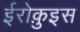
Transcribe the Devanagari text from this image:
ईरोक़ुइस